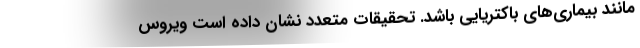
مانند بیماری‌های باکتریایی باشد. تحقیقات متعدد نشان داده است ویروس